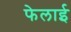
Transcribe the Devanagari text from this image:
फेलाई